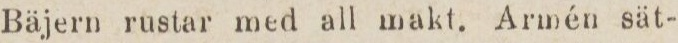
Bäjern rustar med all makt. Armén sät-